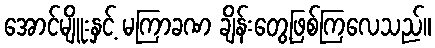
အောင်မျိူးနှင့် မကြာခဏ ချိန်းတွေ့ဖြစ်ကြလေသည်။